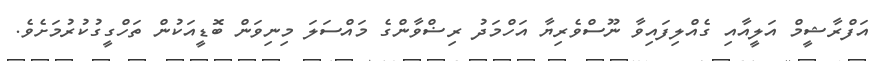
އަފްރާޝީމް އަލީއާއި ގެއްލިފައިވާ ނޫސްވެރިޔާ އަހްމަދު ރިޟްވާންގެ މައްސަލަ މިނިވަން ބޮޑީއަކުން ތަހްގީގުކުރުމަށެވެ.